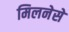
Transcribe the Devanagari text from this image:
मिलनेसे